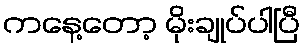
ကနေ့တော့ မိုးချုပ်ပါပြီ